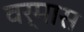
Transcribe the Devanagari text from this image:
वर्मास